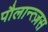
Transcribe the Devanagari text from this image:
पौलान्त्ज़स